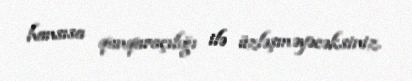
hansısa qanqaraçılığı ilə üzləşməyəcəksiniz.